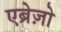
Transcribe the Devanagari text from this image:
एब्रेज़ो